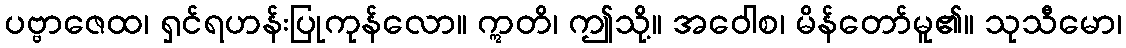
ပဗ္ဗာဇေထ၊ ရှင်ရဟန်းပြုကုန်လော။ ဣတိ၊ ဤသို့။ အဝေါစ၊ မိန်တော်မူ၏။ သုသီမော၊